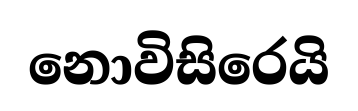
නොවිසිරෙයි